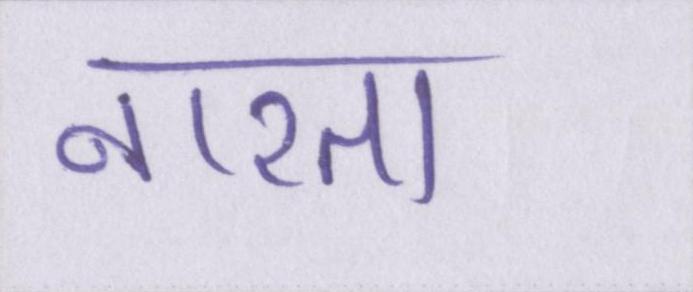
नाश्ता